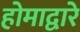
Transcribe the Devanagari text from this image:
होमाद्वारे